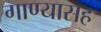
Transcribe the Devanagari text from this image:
गाण्यासह